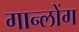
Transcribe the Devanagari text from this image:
गान्लोंग